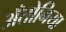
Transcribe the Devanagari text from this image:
अँतोनिया